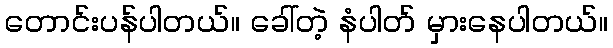
တောင်းပန်ပါတယ်။ ခေါ်တဲ့ နံပါတ် မှားနေပါတယ်။